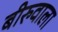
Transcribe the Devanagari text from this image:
बीरुवाला